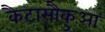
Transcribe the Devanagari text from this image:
कैटासौकुआ